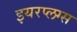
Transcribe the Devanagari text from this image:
इयरप्लग्स